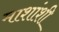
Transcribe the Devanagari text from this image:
माशांशी